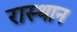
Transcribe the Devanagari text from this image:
रास्थान